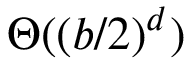
\Theta ( ( b / 2 ) ^ { d } )